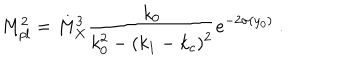
M _ { p l } ^ { 2 } = { M _ { X } ^ { 3 } } { \frac { k _ { 0 } } { \displaystyle { k _ { 0 } ^ { 2 } - ( k _ { 1 } - k _ { c } ) ^ { 2 } } } } e ^ { - 2 \sigma ( y _ { 0 } ) } ~ . ~ \,